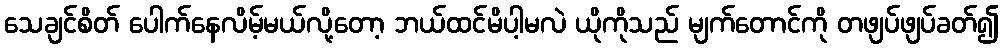
သေချင်စိတ် ပေါက်နေလိမ့်မယ်လို့တော့ ဘယ်ထင်မိပါ့မလဲ ယိုကိုသည် မျက်တောင်ကို တဖျပ်ဖျပ်ခတ်၍